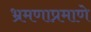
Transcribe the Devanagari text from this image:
भ्रमणाप्रमाणे